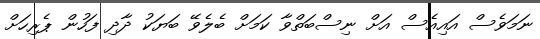
ނަމަވެސް އައިއެސް އަށް ނިސްބަތްވާ ކަމަށް ބެލެވޭ ބަޔަކު ދާދި ފަހުން ޕެރިހަށް